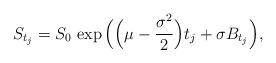
LaTeX: \begin{align*}S_{t_j} = S_0 \, \exp\Big( \Big(\mu -\frac{\sigma^2}{2} \Big) t_j + \sigma B_{t_j} \Big),\end{align*}